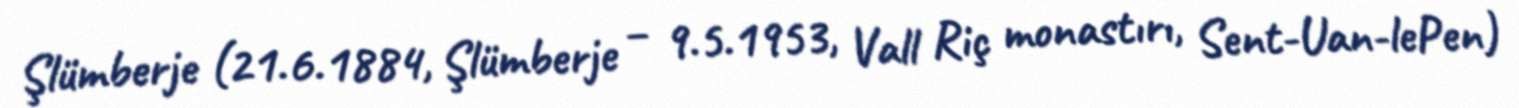
Şlümberje (21.6.1884, Şlümberje – 9.5.1953, Vall Riç monastırı, Sent-Uan-lePen)